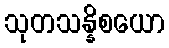
သုတသန္နိစယော